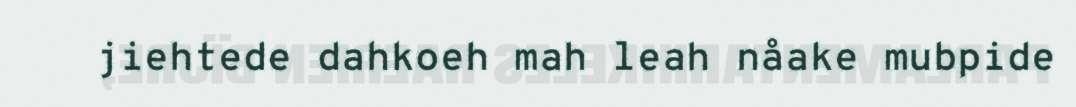
jiehtede dahkoeh mah leah nåake mubpide